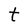
Character: t